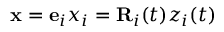
{ \bf x } = { \bf e } _ { i } x _ { i } = { \bf R } _ { i } ( t ) z _ { i } ( t )